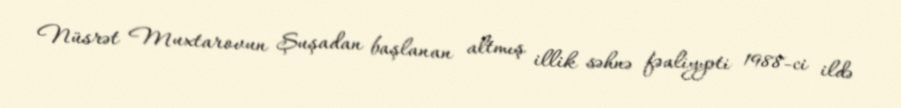
Nüsrət Muxtarovun Şuşadan başlanan altmış illik səhnə fəaliyyəti 1988-ci ildə